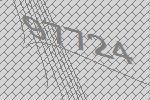
97724